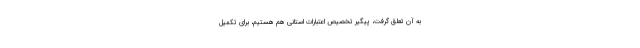
به آن تعلق گرفت، پیگیر تخصیص اعتبارات استانی هم هستیم، برای تکمیل